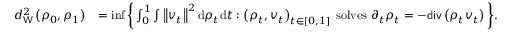
\begin{array} { r l } { d _ { \mathsf { W } } ^ { 2 } \left( \rho _ { 0 } , \rho _ { 1 } \right) } & { = \operatorname* { i n f } \bigg \{ \int _ { 0 } ^ { 1 } \int \left\Vert v _ { t } \right\Vert ^ { 2 } \mathrm { d } \rho _ { t } \mathrm { d } t : \left( \rho _ { t } , v _ { t } \right) _ { t \in [ 0 , 1 ] } \; \mathrm { s o l v e s } \; \partial _ { t } \rho _ { t } = - \mathsf { d i v } \left( \rho _ { t } v _ { t } \right) \bigg \} . } \end{array}